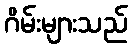
ဂိမ်းများသည်